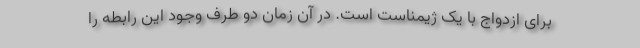
برای ازدواج با یک ژیمناست است. در آن زمان دو طرف وجود این رابطه را